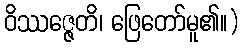
ဝိဿဇ္ဇေတိ၊ ဖြေတော်မူ၏။)